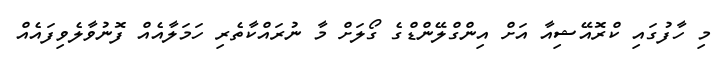
މި ހާފުގައި ކްރޮއޭޝިއާ އަށް އިންގްލޭންޑްގެ ގޯލަށް މާ ނުރައްކާތެރި ހަމަލާއެއް ފޮނުވާލެވިފައެއް